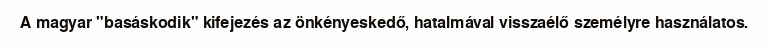
A magyar "basáskodik" kifejezés az önkényeskedő, hatalmával visszaélő személyre használatos.